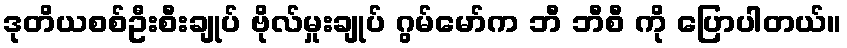
ဒုတိယစစ်ဦးစီးချုပ် ဗိုလ်မှုးချုပ် ဂွမ်မော်က ဘီ ဘီစီ ကို ပြောပါတယ်။